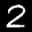
Label: 2